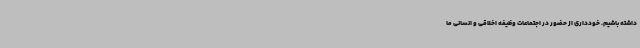
داشته باشیم. خودداری از حضور در اجتماعات وظیفه اخلاقی و انسانی ما